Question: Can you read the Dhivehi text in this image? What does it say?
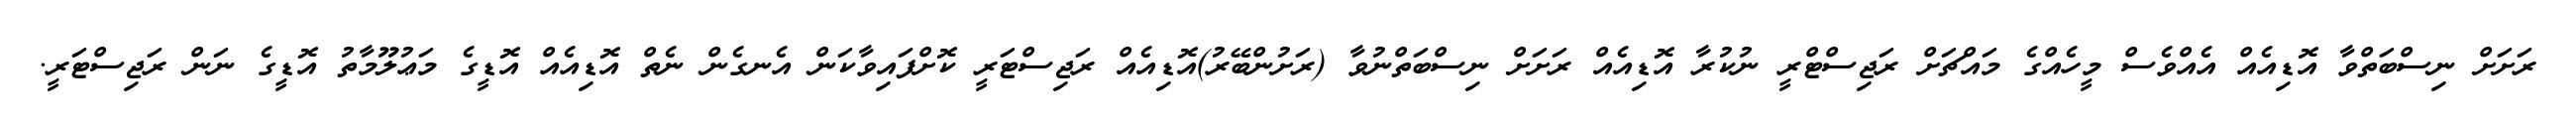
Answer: ރަށަށް ނިސްބަތްވާ އޮޑިއެއް އެއްވެސް މީހެއްގެ މައްޗަށް ރަޖިސްޓްރީ ނުކުރާ އޮޑިއެއް ރަށަށް ނިސްބަތްނުވާ (ރަށުންބޭރު)އޮޑިއެއް ރަޖިސްޓަރީ ކޮށްފައިވާކަން އެނގެން ނެތް އޮޑިއެއް އޮޑީގެ މަޢުލޫމާތު އޮޑީގެ ނަން ރަޖިސްޓަރީ.